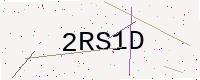
Text: 2RS1D